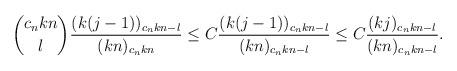
LaTeX: \begin{align*}\binom{c_nkn}l\frac{(k(j-1))_{c_nkn-l}}{(kn)_{c_nkn}}\le C\frac{(k(j-1))_{c_nkn-l}}{(kn)_{c_nkn-l}}\le C\frac{(kj)_{c_nkn-l}}{(kn)_{c_nkn-l}}.\end{align*}